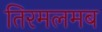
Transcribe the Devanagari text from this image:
तिरमलमब